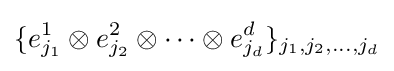
\{e_{j_{1}}^{1}\otimes e_{j_{2}}^{2}\otimes \cdots \otimes e_{j_{d}}^{d}\}_{j_{1},j_{2},\ldots ,j_{d}}